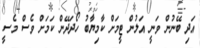
އަދި ބޭނުން ވަނީ އަލުން ޓީމަށް ކާމިޔާބު ހޯދަދޭން ކަމަށް ވެސް މެސީ